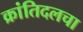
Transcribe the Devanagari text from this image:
क्रांतिदलचा